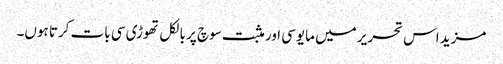
مزید اس تحریر میں مایوسی اور مثبت سوچ پر بالکل تھوڑی سی بات کرتا ہوں۔